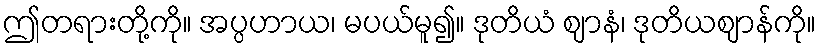
ဤတရားတို့ကို။ အပ္ပဟာယ၊ မပယ်မူ၍။ ဒုတိယံ ဈာနံ၊ ဒုတိယဈာန်ကို။